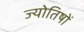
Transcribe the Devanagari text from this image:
ज्याेतिषाें